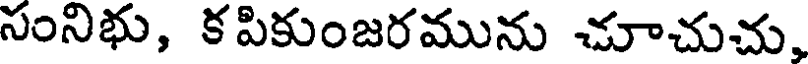
సంనిభు, కపికుంజరమును చూచుచు.